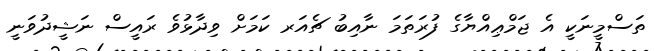
ތަސްމީނަކީ އެ ޖަމްޢިއްޔާގެ ފުރަތަމަ ނާއިބު ޗެއަރ ކަމަށް ވިދާޅުވެ ރައީސް ނަޝީދުވަނީ